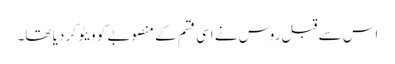
اس سے قبل روس نے اسی قسم کے منصوبے کو ویٹو کر دیا تھا۔